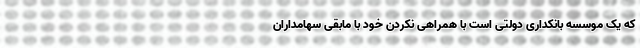
که یک موسسه بانکداری دولتی است با همراهی نکردن خود با مابقی سهامداران